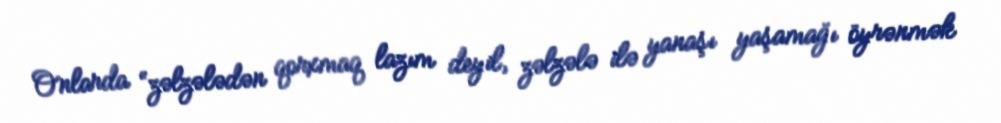
Onlarda “zəlzələdən qorxmaq lazım deyil, zəlzələ ilə yanaşı yaşamağı öyrənmək